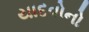
યાદવોનો